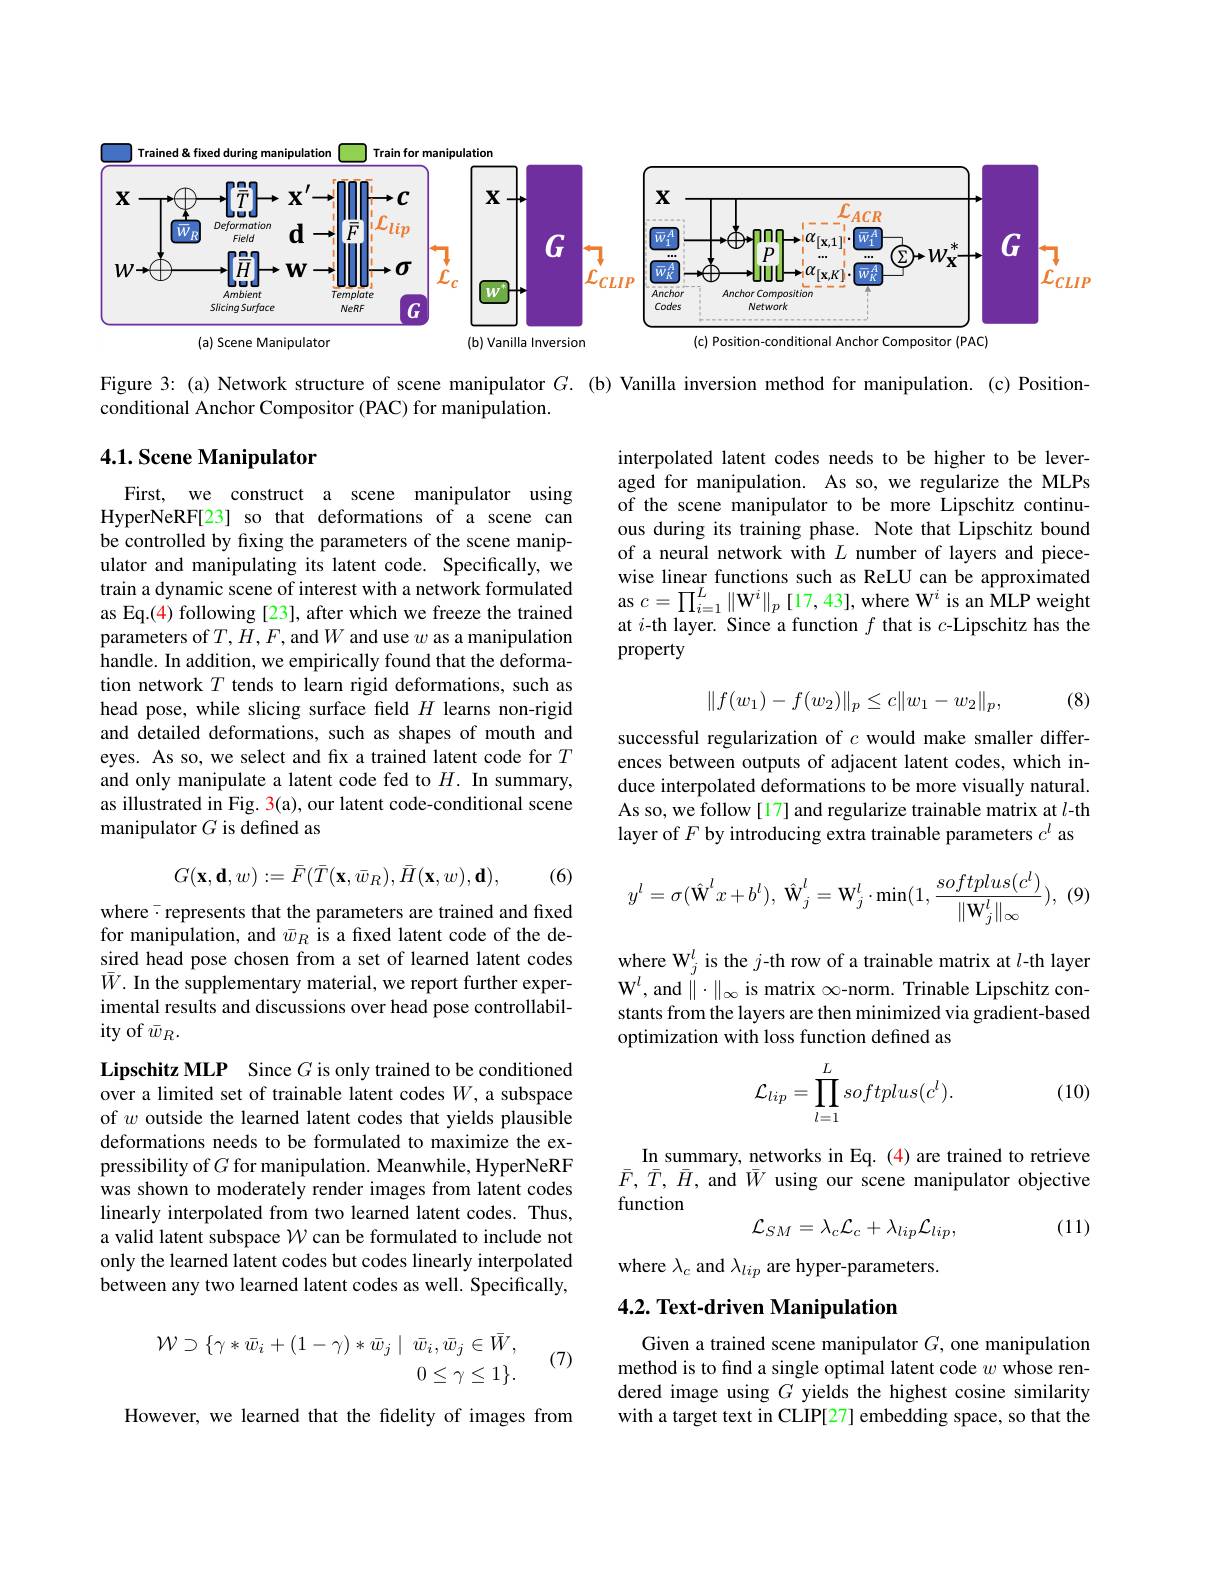
<FigureHere>

Figure 3: (a) Network structure of scene manipulator $G.$ (b) Vanilla inversion method for manipulation. (c) Position-
conditional Anchor Compositor (PAC) for manipulation.

## 4.1. Scene Manipulator

interpolated latent codes needs to be higher to be leveraged for manipulation. As so, we regularize the MLPs of the scene manipulator to be more Lipschitz continuous during its training phase. Note that Lipschitz bound of a neural network with $L$ number of layers and piecewise linear functions such as ReLU can be approximated as $c=\prod_i=1^L\|\mathbf{W}^i\|_p$ [17,43], where W$^i$ is an MLP weight at $i$-th layer. Since a function $f$ that is $c$-Lipschitz has the property

First, we construct a scene manipulator using HyperNeRF[23] so that deformations of a scene can be controlled by fixing the parameters of the scene manipulator and manipulating its latent code. Specifically, we train a dynamic scene of interest with a network formulated as Eq.(4) following [23], after which we freeze the trained parameters of $T,H,F$, and $W$ and use $w$ as a manipulation handle. In addition, we empirically found that the deformation network $T$ tends to learn rigid deformations, such as head pose, while slicing surface field $H$ learns non-rigid and detailed deformations, such as shapes of mouth and eyes. As so, we select and fix a trained latent code for $T$ and only manipulate a latent code fed to $H.$ In summary, as illustrated in Fig. 3(a), our latent code-conditional scene manipulator $G$ is defined as
$$\|f(w_1)-f(w_2)\|_p\leq c\|w_1-w_2\|_p,$$
(8)

successful regularization of $c$ would make smaller differences between outputs of adjacent late duce interpolated deformations to be m As so, we follow [17] and regularize trainable matrix at $l$-th layer of $F$ by introducing extra trai
$$G(\mathbf{x},\mathbf{d},w):=\bar F(\bar T(\mathbf{x},\bar w_R),\bar H(\mathbf{x},w),\mathbf{d}),$$
(6)
$$y^l=\sigma(\hat{\mathbf{W}}^lx+b^l),\:\hat{\mathbf{W}}_j^l=\mathbf{W}_j^l\cdot\min(1,\frac{softplus(c^l)}{\|\mathbf{W}_j^l\|_\infty}),$$
where- represents that the parameters for manipulation, and $\bar{w}_R$ is a fixed latent code of the desired head pose chosen from a set of l $\bar{W}.$ In the supplementary material, we report further experimental results and discussions over h ity of $\bar{w}_R.$

where W$_j^l$ is the $j$-th row of a t $\mathrm{W}^l$, and $\|\cdot\|_\infty$ is matrix $\infty$-norm. Trinable Lipschitz constants from the layers are then minimi optimization with loss function defined as
$$\mathcal{L}_{lip}=\prod\limits_{l=1}^{L}softplus(c^{l}).$$
(10)

In summary, networks in Eq. (4) are trained to retrieve $\bar{F},\bar{T},\bar{H}$, and $\bar{W}$ using our scene manipulator objective function
$$\mathcal{L}_{SM}=\lambda_{c}\mathcal{L}_{c}+\lambda_{lip}\mathcal{L}_{lip},$$
Lipschitz MLP Since $G$ is only trained to be conditioned over a limited set of trainable latent codes $W$,a subspace of $w$ outside the learned latent codes that yields plausible deformations needs to be formulated to maximize the expressibility of $G$ for manipulation. Meanwhile, HyperNeRF was shown to moderately render images from latent codes linearly interpolated from two learned latent codes. Thus, a valid latent subspace $\mathcal{W}$ can be formulated to include not only the learned latent codes but codes linearly interpolated between any two learned latent codes as well. Specifically,

(11)

where $\lambda_c$ and $\lambda_lip$ are hyper-para

# 4.2. Text-driven Manipulation
$$\begin{aligned}\mathcal{W}\supset\{\gamma*\bar{w}_i+(1-\gamma)*\bar{w}_j\mid\bar{w}_i,\bar{w}_j\in\bar{W},\\0\leq\gamma\leq1\}.\end{aligned}$$
(7)

Given a trained scene manipulator $G$, one manipulation method is to find a single optimal lat dered image using $G$ yields the highest cosine similarity with a target text in CLIP[27] embeddi

However, we learned that the fidelity of images from